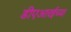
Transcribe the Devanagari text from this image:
डीएआरईच्या